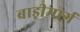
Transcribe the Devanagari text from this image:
बाड़ीमार्ग